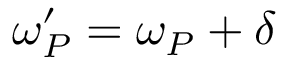
\omega _ { P } ^ { \prime } = \omega _ { P } + \delta